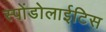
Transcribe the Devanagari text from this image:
स्पोंडोलाईटिस